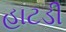
હાટડી